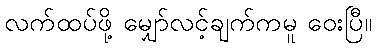
လက်ထပ်ဖို့ မျှော်လင့်ချက်ကမူ ဝေးပြီ။